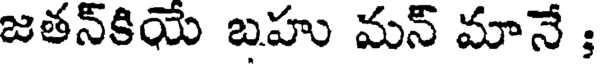
జతన్కియే బహు మన్ మానే ;